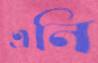
এনি